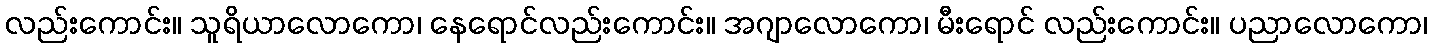
လည်းကောင်း။ သူရိယာလောကော၊ နေရောင်လည်းကောင်း။ အဂျာလောကော၊ မီးရောင် လည်းကောင်း။ ပညာလောကော၊